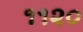
૧૧૨૦